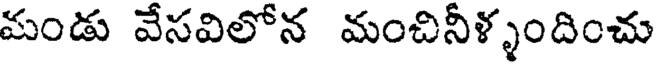
మండు వేసవిలోన మంచినీళ్ళందించు